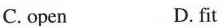
C. open D. fit